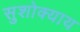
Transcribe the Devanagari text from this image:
सुशोक्याय